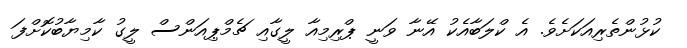
ކުޅުންތެރިއަކަށެވެ. އެ ކްލަބާއެކު އޭނާ ވަނީ ޕްރިމިއާ ލީގާއި ޗެމްޕިއަންސް ލީގު ކާމިޔާބުކޮށްފަ